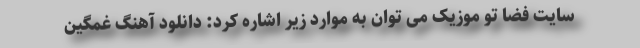
سایت فضا تو موزیک می توان به موارد زیر اشاره کرد: دانلود آهنگ غمگین